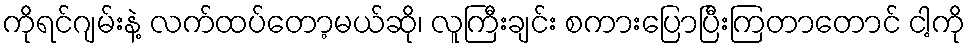
ကိုရင်ဂျမ်းနဲ့ လက်ထပ်တော့မယ်ဆို၊ လူကြီးချင်း စကားပြောပြီးကြတာတောင် ငါ့ကို